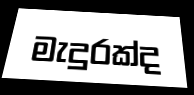
මැදුරක්ද